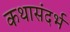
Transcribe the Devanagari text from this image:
कथासंदर्भ